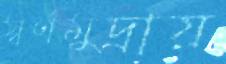
স্বর্ণমুদ্রায়